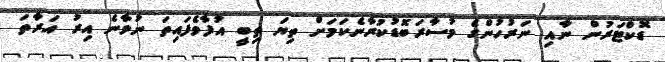
ޑޮކްޓަރުން ނާއި ނަރުހުންގެ މުސާރަބޮޑުކުރާނެކަމަށް ތިޔަ ތިބީ އުފާވެފައިތަ ނުވާނެ އިރު އަރާތަ